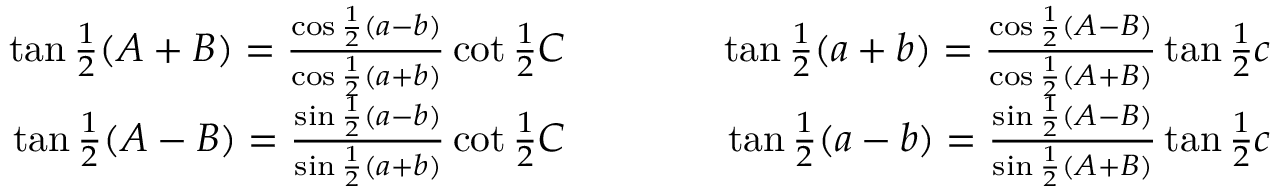
{ \begin{array} { r l r } { \tan { \frac { 1 } { 2 } } ( A + B ) = { \frac { \cos { \frac { 1 } { 2 } } ( a - b ) } { \cos { \frac { 1 } { 2 } } ( a + b ) } } \cot { \frac { 1 } { 2 } } C } & { \qquad } & { \tan { \frac { 1 } { 2 } } ( a + b ) = { \frac { \cos { \frac { 1 } { 2 } } ( A - B ) } { \cos { \frac { 1 } { 2 } } ( A + B ) } } \tan { \frac { 1 } { 2 } } c } \\ { \tan { \frac { 1 } { 2 } } ( A - B ) = { \frac { \sin { \frac { 1 } { 2 } } ( a - b ) } { \sin { \frac { 1 } { 2 } } ( a + b ) } } \cot { \frac { 1 } { 2 } } C } & { \qquad } & { \tan { \frac { 1 } { 2 } } ( a - b ) = { \frac { \sin { \frac { 1 } { 2 } } ( A - B ) } { \sin { \frac { 1 } { 2 } } ( A + B ) } } \tan { \frac { 1 } { 2 } } c } \end{array} }